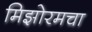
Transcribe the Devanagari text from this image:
मिझोरमचा